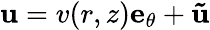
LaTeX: \mathbf{u}=v(r,z)\mathbf{e}_{\theta}+\mathbf{\tilde{{u}}}